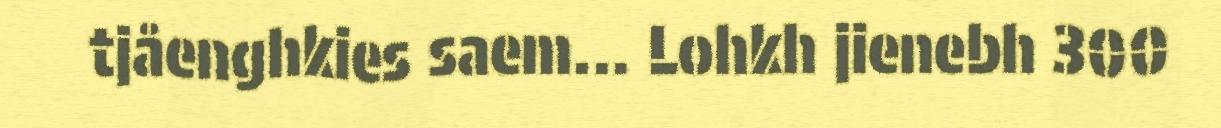
tjåenghkies saem... Lohkh jienebh 300